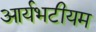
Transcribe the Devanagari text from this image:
आर्यभटीयम